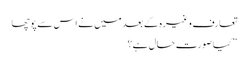
تعارف وغیرہ کے بعد میں نے اس سے پوچھا
” کیا صورت حال ہے؟